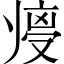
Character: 𱑼